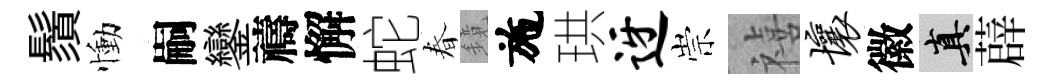
鬚慟嗣鑾禱懈蛇春鏡施珙迓崇禧壤徽真薜